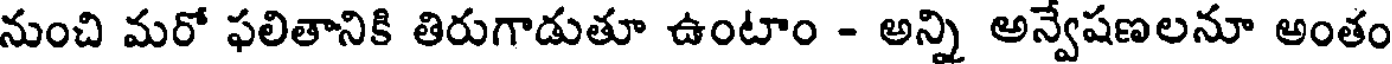
నుంచి మరో ఫలితానికి తిరుగాడుతూ ఉంటాం - అన్ని అన్వేషణలనూ అంతం